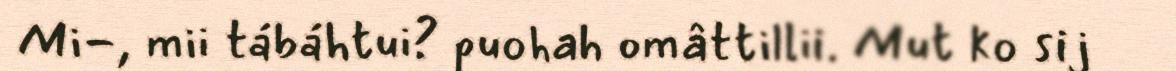
Mi-, mii tábáhtui? puohah omâttillii. Mut ko sij